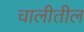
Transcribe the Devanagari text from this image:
चालीतील